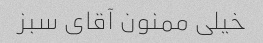
خیلی ممنون آقای سبز